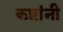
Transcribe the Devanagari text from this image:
कष्टांनी